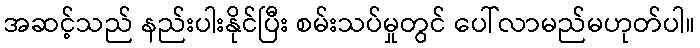
အဆင့်သည် နည်းပါးနိုင်ပြီး စမ်းသပ်မှုတွင် ပေါ်လာမည်မဟုတ်ပါ။